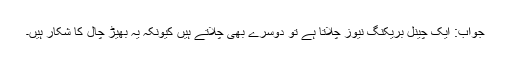
جواب: ایک چینل بریکنگ نیوز چلاتا ہے تو دوسرے بھی چلاتے ہیں کیونکہ یہ بھیڑ چال کا شکار ہیں۔